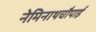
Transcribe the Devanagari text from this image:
नेमिनाथचौपाई